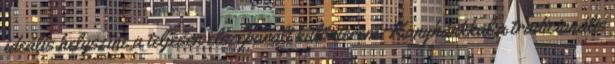
ideális helyszíne a teljesen elszeparált különterem. Konyhánkkal a tradicionális